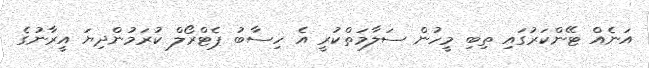
އަނެއް ޓޭންކަރުގައި ތިބި މީހުން ސަލާމަތްކުރީ އެ ހިސާބު ޕެޓްރޯލް ކުރަމުންދިޔަ އީރާނުގެ